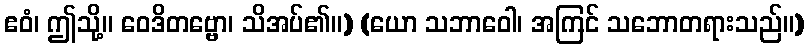
ဧဝံ၊ ဤသို့။ ဝေဒိတဗ္ဗော၊ သိအပ်၏။) (ယော သဘာဝေါ၊ အကြင် သဘောတရားသည်။)